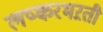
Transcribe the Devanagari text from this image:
लष्करभऱती